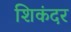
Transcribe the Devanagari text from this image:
शिकंदर